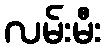
လမ်းမီး